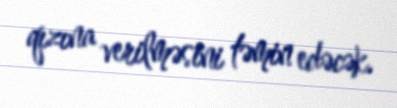
qızına verilməsini təmin edəcək.